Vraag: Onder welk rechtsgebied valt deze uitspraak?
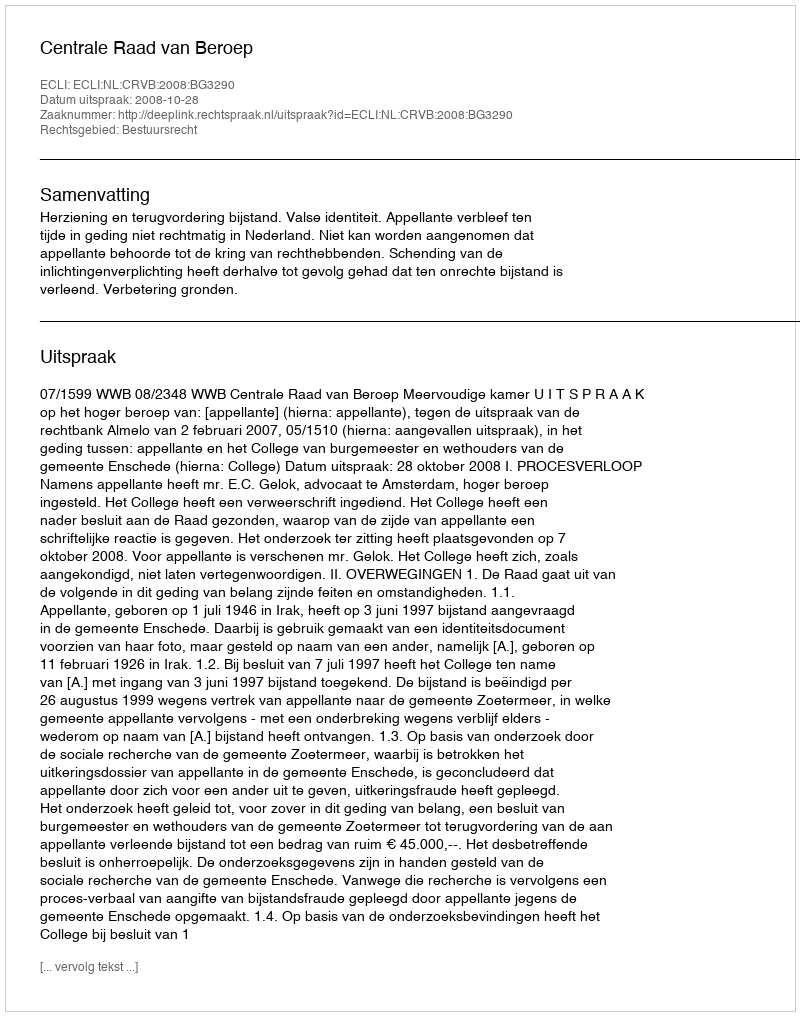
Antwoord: Bestuursrecht